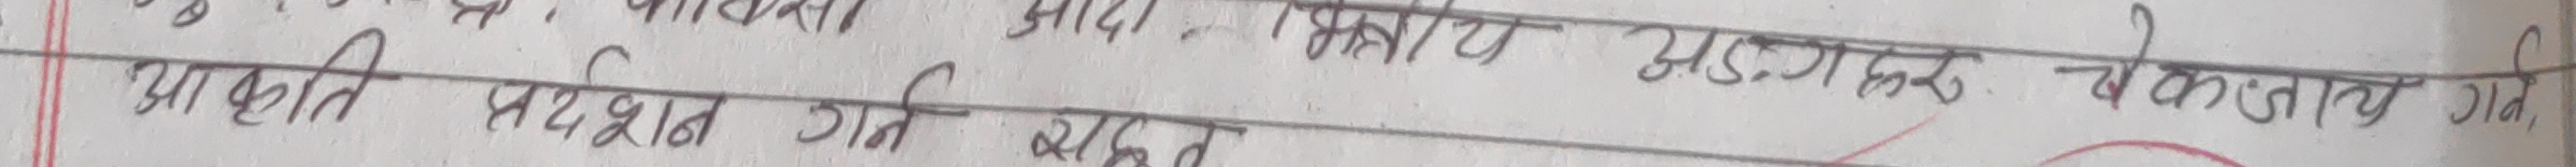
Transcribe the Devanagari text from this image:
आकृति सदृश गति सहित